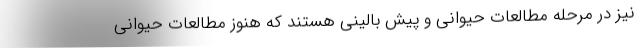
نیز در مرحله مطالعات حیوانی و پیش بالینی هستند که هنوز مطالعات حیوانی